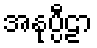
အနုပ္ပီဠာ